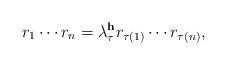
LaTeX: \begin{align*}r_1\cdots r_n = \lambda_{\tau}^{\textbf{h}} r_{\tau(1)}\cdots r_{\tau(n)},\end{align*}